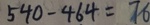
5 4 0 - 4 6 4 = 7 6